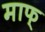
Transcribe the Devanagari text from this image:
माफ्